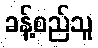
ခန့်စည်သူ